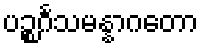
ပဉ္စင်္ဂသမန္နာဂတော